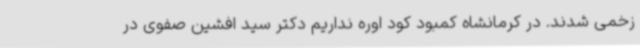
زخمی شدند. در کرمانشاه کمبود کود اوره نداریم دکتر سید افشین صفوی در